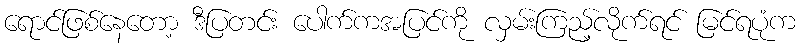
ရောင်ဖြစ်နေတော့ ဒီပြတင်း ပေါက်ကအပြင်ကို လှမ်းကြည့်လိုက်ရင် မြင်ရပုံက